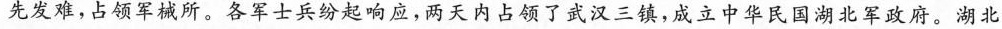
先发难，占领军械所。各军士兵纷起响应，两天内占领了武汉三镇，成立中华民国湖北军政府。湖北